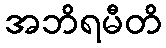
အဘိရမီတိ